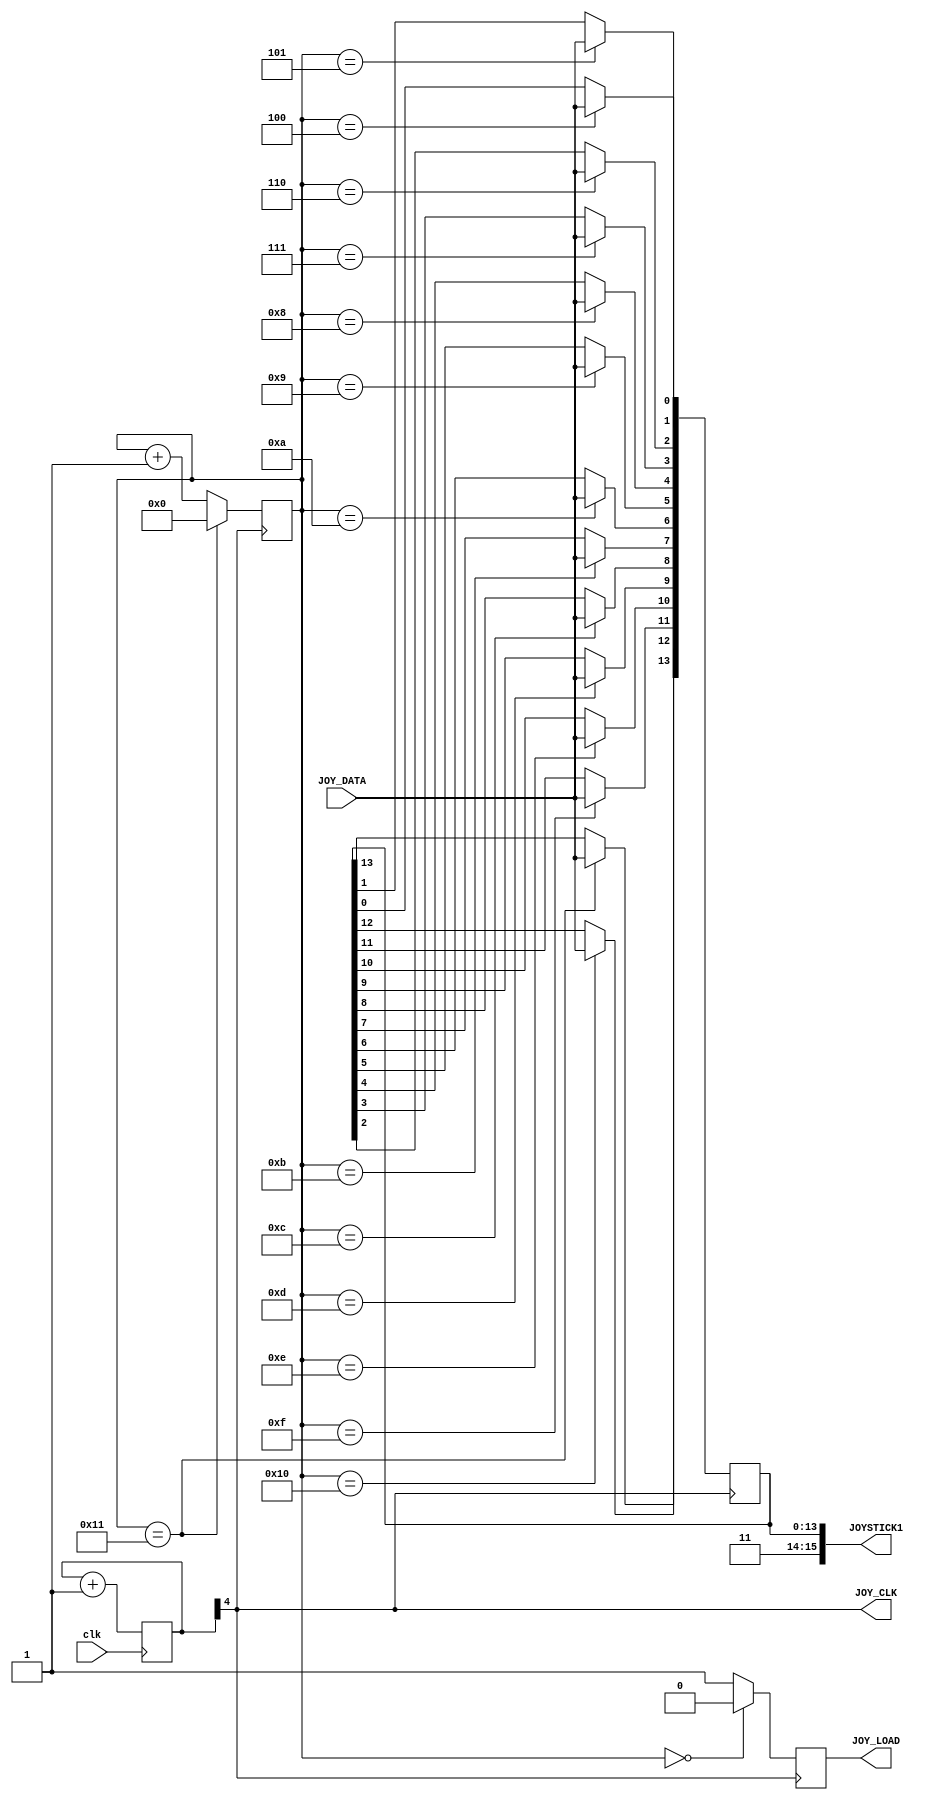
module joy_10btn
(
 input  wire clk,      //Reloj de Entrada sobre 48-50Mhz
 output  wire JOY_CLK,
 output  wire JOY_LOAD,  
 input   wire JOY_DATA, 
 output  wire [15:0] JOYSTICK1
);
//Gestion de Joystick
reg [15:0] JCLOCKS;
always @(posedge clk) begin 
   JCLOCKS <= JCLOCKS +8'd1;
end

reg [15:0] joy1  = 16'hFFFF;
reg joy_renew = 1'b1;
reg [4:0]joy_count = 5'd0;
   
assign JOY_CLK = JCLOCKS[4]; //con 3 Funciona = 3Mhz
assign JOY_LOAD = joy_renew;
always @(posedge JOY_CLK) begin 
    if (joy_count == 5'd0) begin
       joy_renew = 1'b0;
    end else begin
       joy_renew = 1'b1;
    end
    if (joy_count == 5'd17) begin
      joy_count = 5'd0;
    end else begin
      joy_count = joy_count + 1'd1;
    end      
end
always @(posedge JOY_CLK) begin
    case (joy_count)
        5'd4  : joy1[0] <= JOY_DATA;   //COIN
        5'd5  : joy1[1]  <= JOY_DATA;  //START
        5'd6  : joy1[2]  <= JOY_DATA;  //A 
        5'd7  : joy1[3]  <= JOY_DATA;  //B
        5'd8  : joy1[4]  <= JOY_DATA;  //C
        5'd9  : joy1[5]  <= JOY_DATA;  //D
        5'd10 : joy1[6]  <= JOY_DATA;  //E
        5'd11 : joy1[7]  <= JOY_DATA;  //F
        5'd12 : joy1[8]  <= JOY_DATA;  //G
        5'd13 : joy1[9]  <= JOY_DATA;  //H
        5'd14 : joy1[10]  <= JOY_DATA;  //LEFT 
        5'd15 : joy1[11]  <= JOY_DATA;  //RIGHT 
        5'd16 : joy1[12] <= JOY_DATA;  //DOWN
        5'd17 : joy1[13] <= JOY_DATA;  //UP
    endcase              
end
//----LS FEDCBAUDLR
assign JOYSTICK1[15:0] = joy1; //ASO uses active low signals for game inputs

endmodule